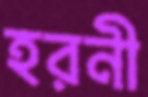
হরনী